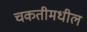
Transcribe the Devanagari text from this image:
चकतीमधील